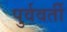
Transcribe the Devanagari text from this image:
पुर्ववर्ती